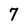
Character: 7